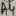
Text: A4